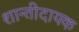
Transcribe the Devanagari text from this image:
शान्तीदायक